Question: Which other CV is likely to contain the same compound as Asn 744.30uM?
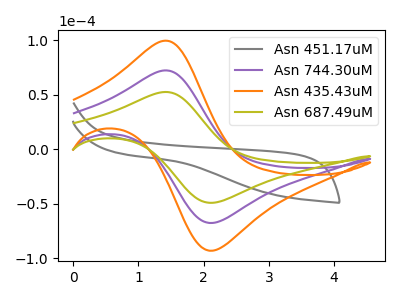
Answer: <think>The gray curve "Asn 451.17uM" has no peaks. The purple curve "Asn 744.30uM" has an anodic peak at (1.40V, 72.35uA) and a cathodic peak at (2.15V, -67.45uA). The orange curve "Asn 435.43uM" has an anodic peak at (1.40V, 144.65uA) and a cathodic peak at (2.15V, -134.90uA). The olive curve "Asn 687.49uM" has an anodic peak at (1.40V, 52.55uA) and a cathodic peak at (2.15V, -49.00uA).
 "Asn 451.17uM" and "Asn 744.30uM" have a different number of peaks. "Asn 451.17uM" and "Asn 435.43uM" have a different number of peaks. "Asn 451.17uM" and "Asn 687.49uM" have a different number of peaks. All the peaks in "Asn 744.30uM" have a peak in "Asn 435.43uM" at the same potential. Every peak in "Asn 744.30uM" is lower than every peak in "Asn 435.43uM". All the peaks in "Asn 744.30uM" have a peak in "Asn 687.49uM" at the same potential. Every peak in "Asn 744.30uM" is higher than every peak in "Asn 687.49uM". All the peaks in "Asn 435.43uM" have a peak in "Asn 687.49uM" at the same potential. Every peak in "Asn 435.43uM" is higher than every peak in "Asn 687.49uM".</think>
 <answer>"Asn 744.30uM" and "Asn 435.43uM" have a similar shape to "Asn 687.49uM".</answer>
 <eval>"Asn 744.30uM" "Asn 435.43uM"</eval>